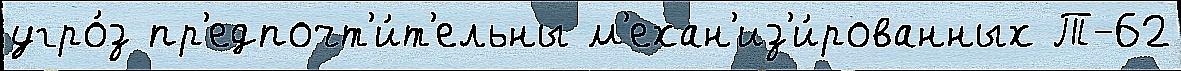
угро́з пр'едпочт'и́т'ельны м'ехан'из'и́рованных Т-62